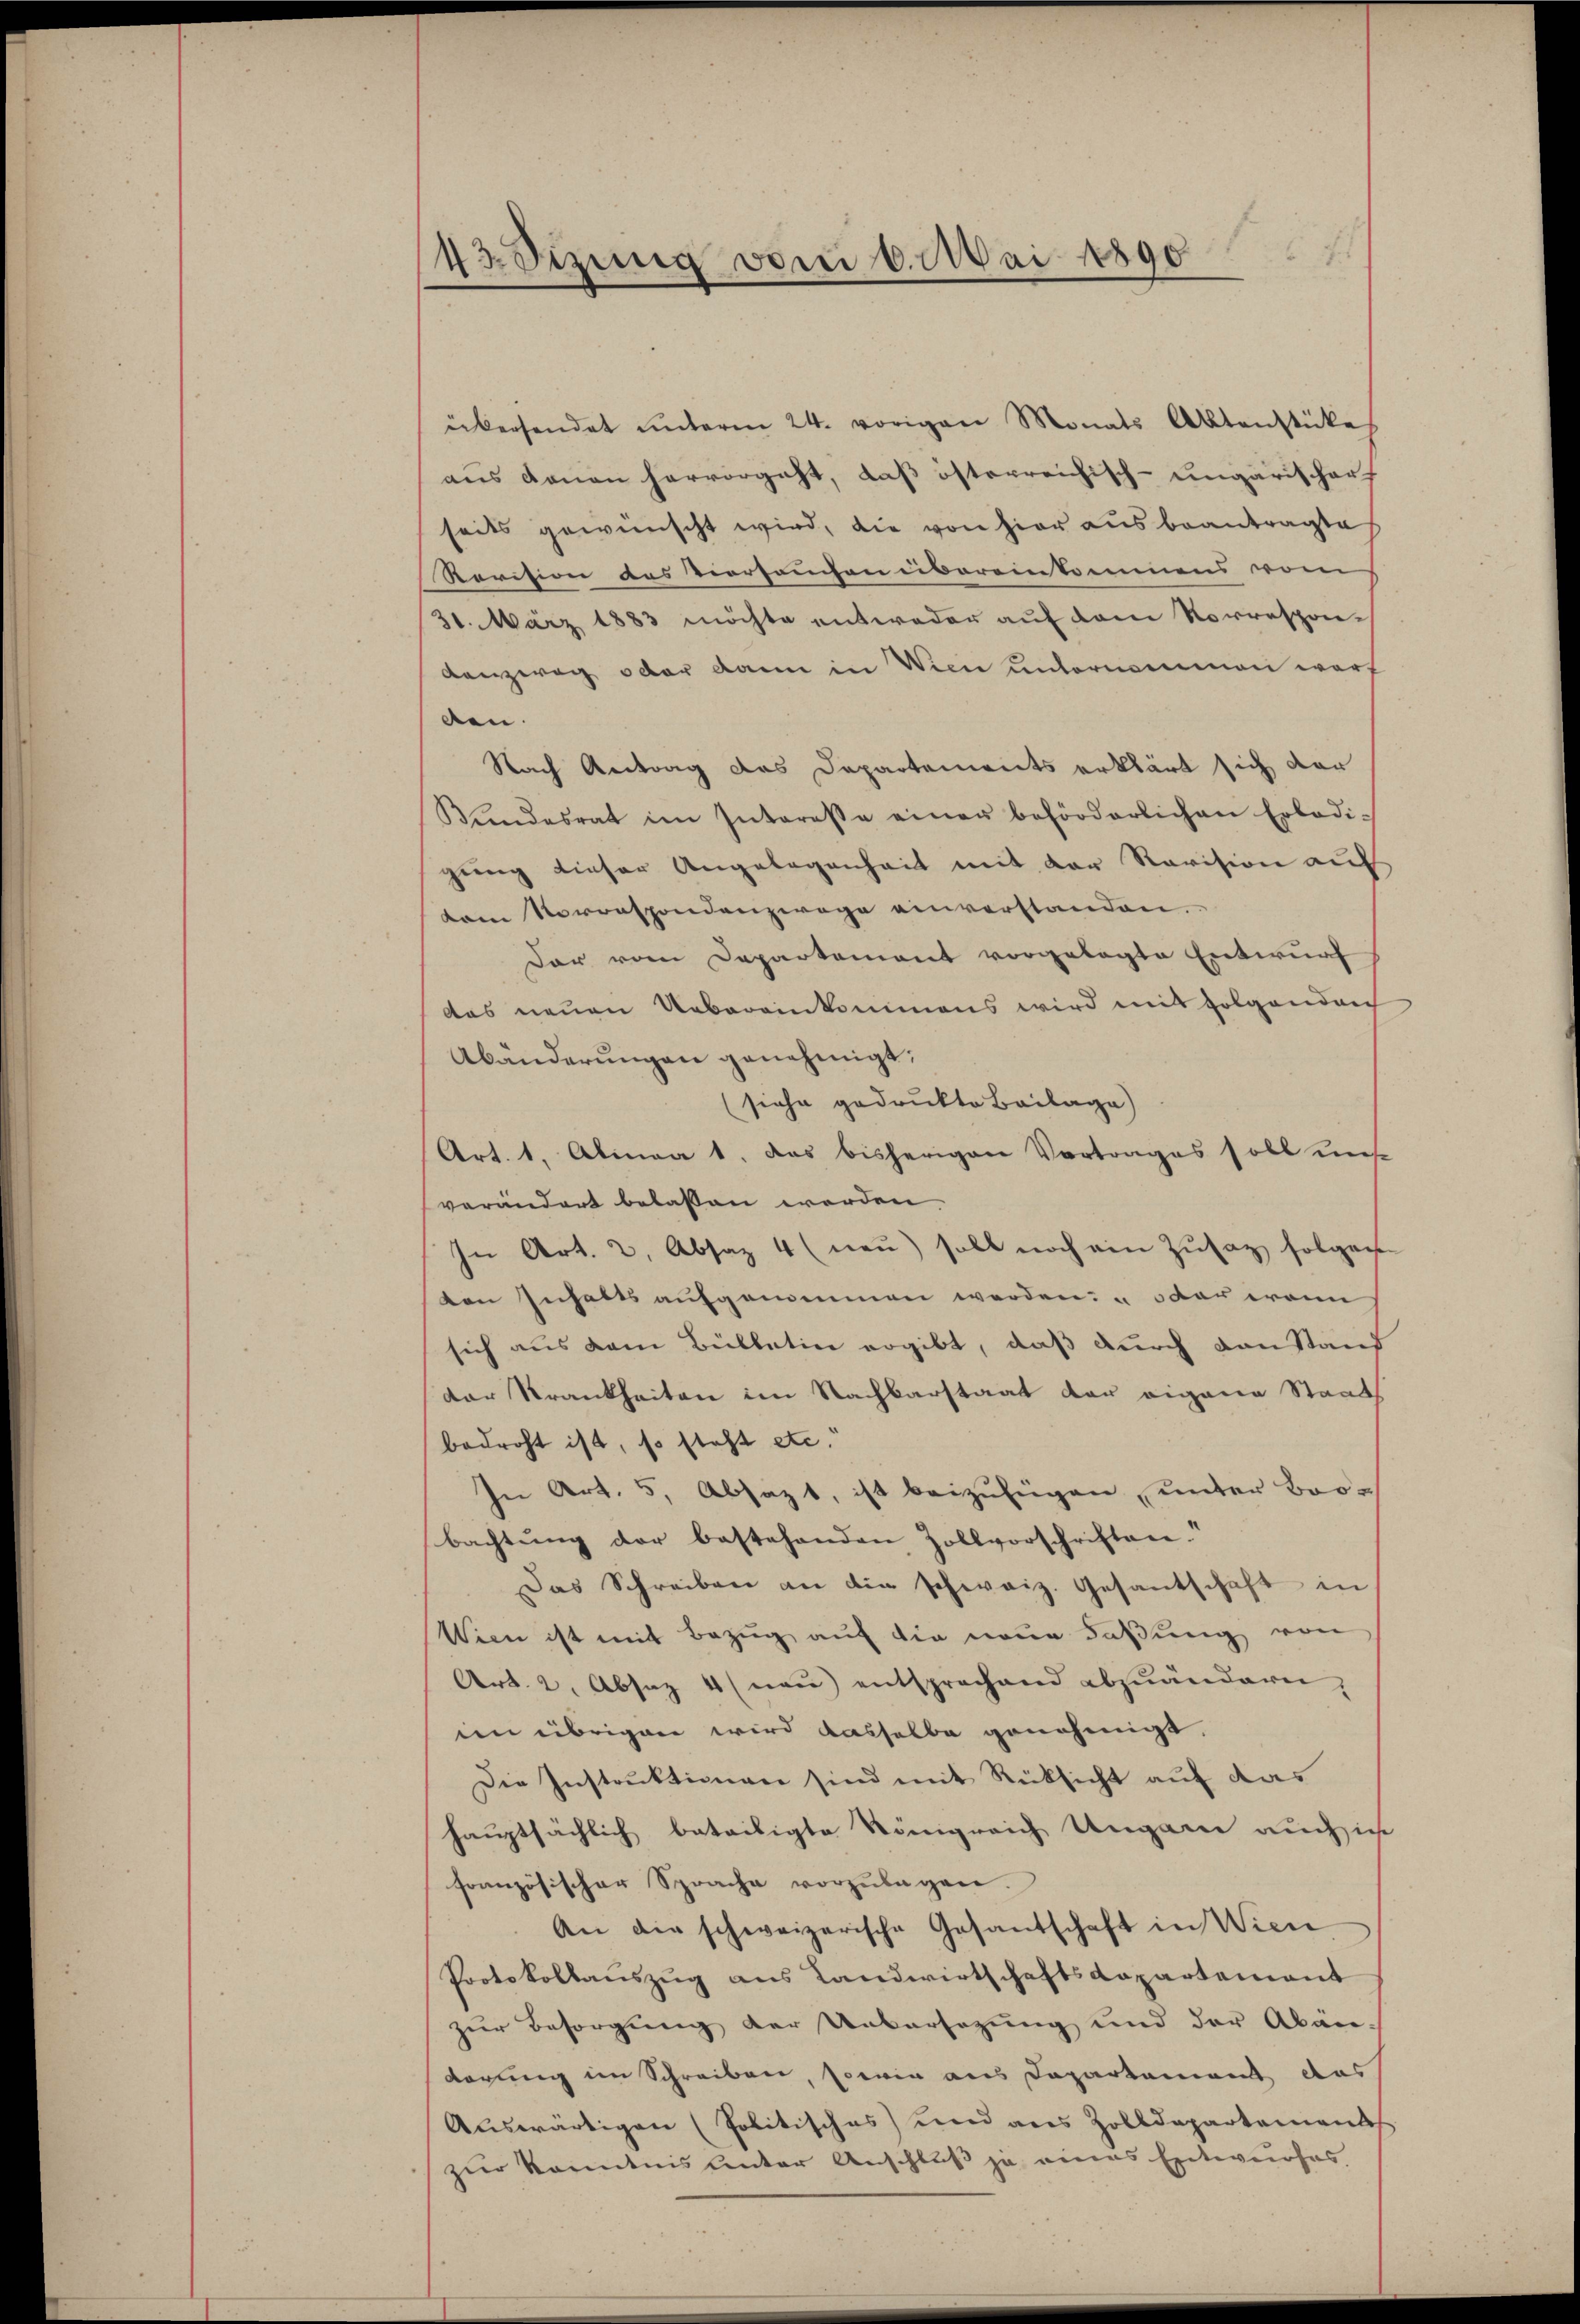
43 Sizung vom 6. Mai 1890

übersendet unterm 24. vorigen Monats Aktenstückes
aus denen hervorgeht, daß österreichisch-ungarischarf
seits gewünscht wird, die von hier aus beantragte
Revision des Vierseuchen übereinkommens vom
31. März 1883 möchte entweder auf dem Vorrespondenzwag oder dann in Wien unternommen warf
den.
Nach Antrag das Departements erklärt sich vor
Bundesrat im Interesse einer beförderlichen Erledi-
gung dieser Angelegenheit mit der Revision auf
tem Vorrespondenzwage einverstanden.
Der vom Departement vorgelegte Entwurf
das neuen Uebereinkommens wird mit folgenden
Abänderungen genehmigt.
(siehe gedrukte Beilage)
Art. 1. Alinea 1. Das bisherigen Vortrages soll uns
verändert belassen werden.
In Art. 2, Absaz 4 (neŭ) soll noch ein Zŭsatz folgen
ten Inhalts aufgenommen werden: " oder wann
sich aus dem Bullatin ergibt, daß durch den Stand
der Krankheiten im Nachbarstaat der eigene Staats
bedroht ist, so steht etc.“
In Art. 5, Absazt, ist beizufügen, unter Bro-
bachtŭng der bestehenden Zollvorschriften.
Das Schreiben an die schweiz. Gesantschaft in
Wien ist mit Bezug auf die neue Faßung von
Art. 2. Absaz 4 (naŭ) entsprechend abzuänderen,
im übrigen wird dasselbe genehmigt.
Die Instruktionen sind mit Rücksicht auf das
hauptsächlich beteiligte Königreich Ungarn auch in
französischer Sprache vorzŭlagen.
An die schweizerische Gesantschaft in Wien
Protokollauszug aus Landwirtschaftsdepartement
zur Besorgung der Uebersezung und der Abänderung im Schreiben, sowie aus Departement das
Auswärtigen (Politisches) und aus Zolldepartements
zur Kenntnis unter Anschluß ja eines Entwurfes

7.